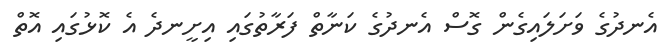
އެނދުގެ ވަށަލައިގެން ގޮސް އެނދުގެ ކަނާތް ފަރާތުގައި އިށީނދެ އެ ކޮޅުގައި އޮތް